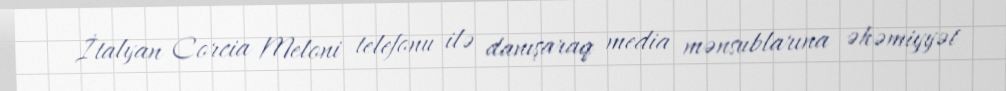
İtalyan Corcia Meloni telefonu ilə danışaraq media mənsublarına əhəmiyyət